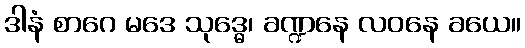
ဒါနံ စာဂေ မဒေ သုဒ္ဓေ၊ ခဏ္ဍနေ လဝနေ ခယေ။